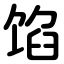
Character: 馅